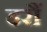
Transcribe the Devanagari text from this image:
डरौं